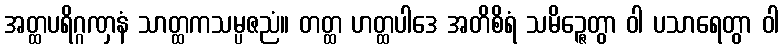
အတ္ထပရိဂ္ဂဏှနံ သာတ္ထကသမ္ပဇညံ။ တတ္ထ ဟတ္ထပါဒေ အတိစိရံ သမိဉ္ဇေတွာ ဝါ ပသာရေတွာ ဝါ